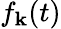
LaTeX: f_{\mathbf{k}}(t)